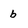
Character: b